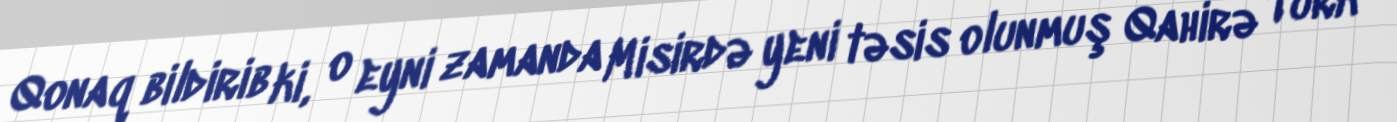
Qonaq bildirib ki, o eyni zamanda Misirdə yeni təsis olunmuş Qahirə Türk